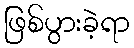
ဖြစ်ပွားခဲ့ရာ